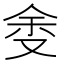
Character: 𱑷